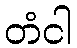
တံငါ